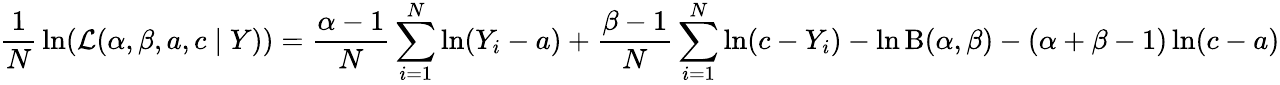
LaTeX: {\frac{1}{N}}\ln({\mathcal{L}}(\alpha,\beta,a,c\mid Y))={\frac{\alpha-1}{N}}\sum_{i=1}^{N}\ln(Y_{i}-a)+{\frac{\beta-1}{N}}\sum_{i=1}^{N}\ln(c-Y_{i})-\ln\mathrm{B}(\alpha,\beta)-(\alpha+\beta-1)\ln(c-a)